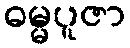
ဓမ္မပူဇာ